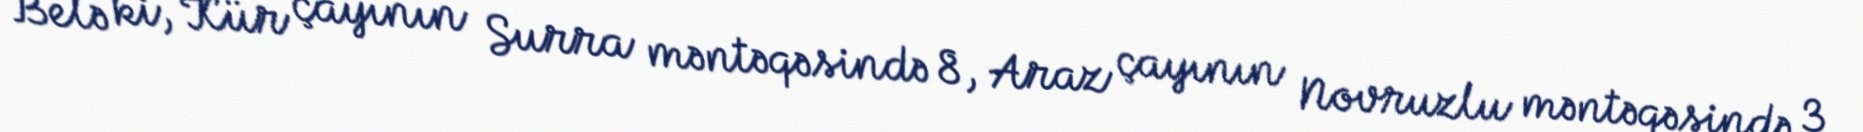
Belə ki, Kür çayının Surra məntəqəsində 8, Araz çayının Novruzlu məntəqəsində 3